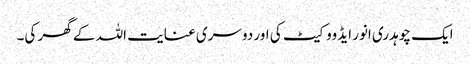
ایک چوہدری انور ایڈووکیٹ کی اور دوسری عنایت اللہ کے گھر کی۔